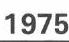
1975